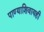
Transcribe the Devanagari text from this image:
पाण्याशिवायही